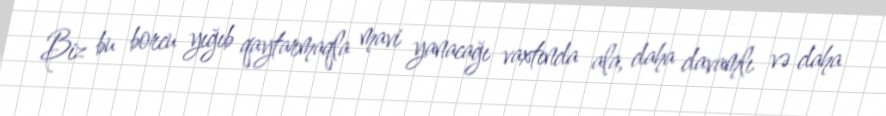
Biz bu borcu yığıb qaytarmaqla mavi yanacağı vaxtında ala, daha davamlı və daha